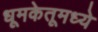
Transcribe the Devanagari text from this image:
धूमकेतूमध्ये